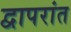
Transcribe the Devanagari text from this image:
द्वापरांत